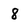
Character: 8